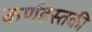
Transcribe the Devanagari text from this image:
कर्णइस्तकी